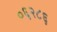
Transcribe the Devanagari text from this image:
०६२८६